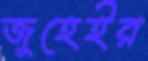
জুহেইর